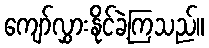
ကျော်လွှားနိုင်ခဲ့ကြသည်။